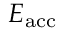
E _ { \mathrm { a c c } }